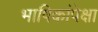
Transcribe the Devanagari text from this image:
भाषिकांपेक्षा